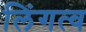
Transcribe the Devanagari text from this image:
लिंगत्व